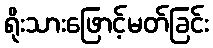
ရိုးသားဖြောင့်မတ်ခြင်း